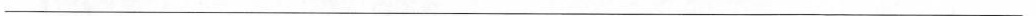
___